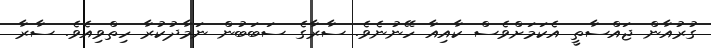
ގުރުއާން ޖައްސާތީ އެކަމަށްވެސް ކާއިއާ ހޭނުނެވެ. ސާރާގެ ސަބަބުން ނަމާދުކުރާ ހިތްވިއެވެ. ސާރާ